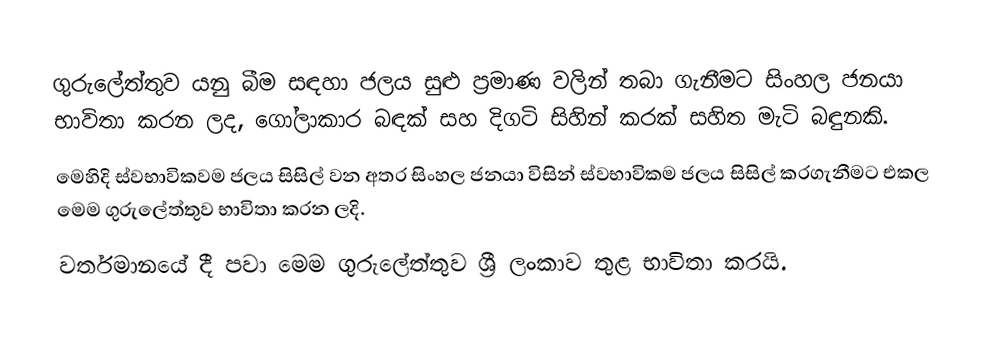
ගුරුලේත්තුව යනු බීම සඳහා ජලය සුළු ප්‍රමාණ වලින් තබා ගැනීමට සිංහල ජනයා භාවිතා කරන ලද, ගෝලාකාර බඳක් සහ දිගටි සිහින් කරක් සහිත මැටි බඳුනකි.
මෙහිදි ස්වභාවිකවම ජලය සිසිල් වන අතර සිංහල ජනයා විසින් ස්වභාවිකම ජලය සිසිල් කරගැනීමට එකල මෙම ගුරුලේත්තුව භාවිතා කරන ලදි.
  වර්තමානයේ දී පවා මෙම ගුරුලේත්තුව ශ්‍රී ලංකාව තුළ භාවිතා කරයි.